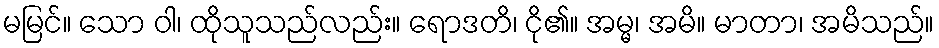
မမြင်။ သော ဝါ၊ ထိုသူသည်လည်း။ ရောဒတိ၊ ငို၏။ အမ္မ၊ အမိ။ မာတာ၊ အမိသည်။